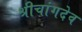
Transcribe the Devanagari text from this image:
श्रीचांगदेव